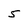
Character: 5